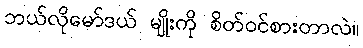
ဘယ်လိုမော်ဒယ် မျိုးကို စိတ်ဝင်စားတာလဲ။